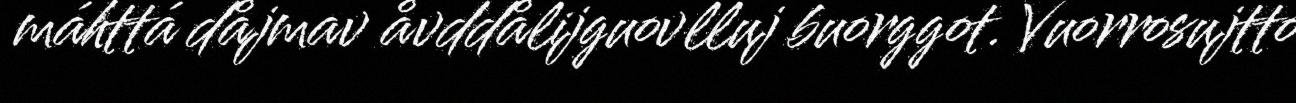
máhttá dåjmav åvddålijguovlluj buorggot. Vuorrosujtto